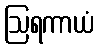
ဩရကာယံ